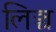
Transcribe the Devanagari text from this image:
लिञ्च